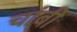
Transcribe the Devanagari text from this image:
चांबी